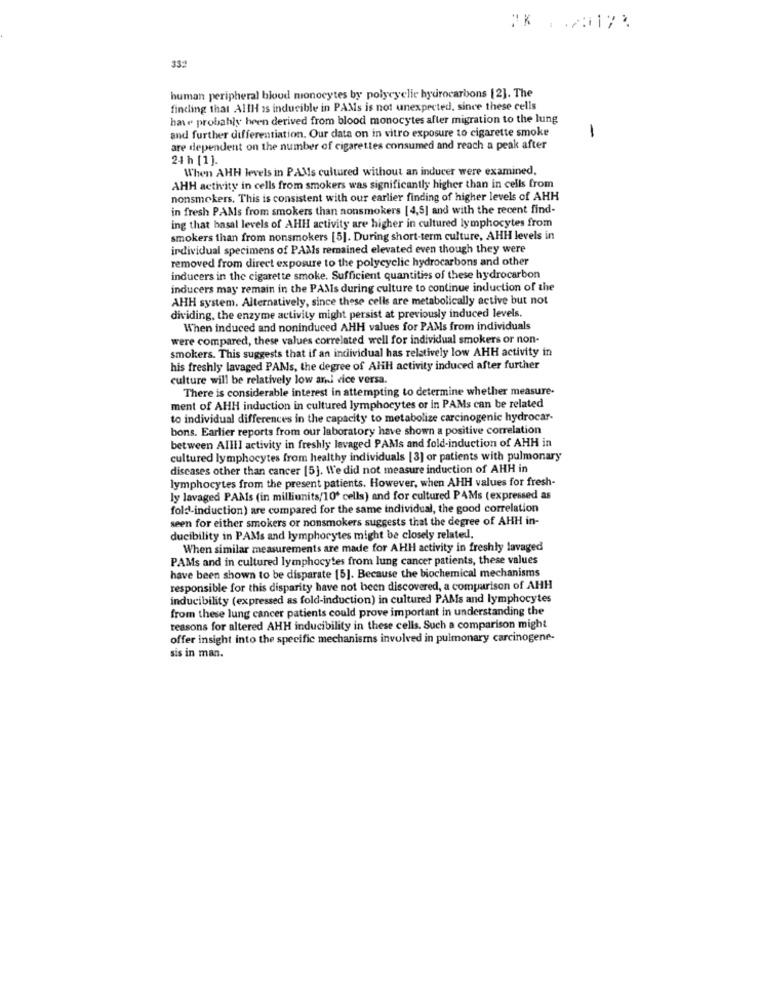
339
human peripheral blood monocytes by polycyclic hydrocarbons [2]. The
finding that AllH is inducible in PAMs is not unexpected, since these cells
have probably heen derived from blood monocytes after migration to the lung
and further differentiation. Our data on in vitro exposure to cigarette smoke
1
are dependent on the number of cigarettes consumed and reach a peak after
24 h [1].
When AHH levels in PAMs cultured without an inducer were examined,
AHH activity in cells from smokers was significantly higher than in cells from
nonsmokers. This is consistent with our earlier finding of higher levels of AHH
in fresh PAMs from smokers than nonsmokers [4,5] and with the recent find-
ing that basal levels of AHH activity are higher in cultured lymphocytes from
smokers than from nonsmokers [5]. During short-term culture, AHH levels in
individual specimens of PAMs remained elevated even though they were
removed from direct exposure to the polycyclic hydrocarbons and other
inducers in the cigarette smoke. Sufficient quantities of these hydrocarbon
inducers may remain in the PAMs during culture to continue induction of the
AHH system. Alternatively, since these cells are metabolically active but not
dividing, the enzyme activity might persist at previously induced levels.
When induced and noninduced AHH values for PAMs from individuals
were compared, these values correlated well for individual smokers or non-
smokers. This suggests that if an individual has relatively low AHH activity in
his freshly lavaged PAMs, the degree of Alill activity induced after further
culture will be relatively low arni vice versa.
There is considerable interest in attempting to determine whether measure-
ment of AHH induction in cultured lymphocytes or in PAMs can be related
to individual differences in the capacity to metabolize carcinogenic hydrocar-
bons. Earlier reports from our laboratory have shown a positive correlation
between Allll activity in freshly levaged PAMs and fold-induction of AHH in
cultured lymphocytes from healthy individuals [3] or patients with pulmonary
diseases other than cancer [5]. We did not measure induction of AHH in
lymphocytes from the present patients. However, when AHH values for fresh-
ly lavaged PAMs (in milliunits/10' cells) and for cultured PAMs (expressed as
fold-induction) are compared for the same individual, the good correlation
seen for either smokers or nonsmokers suggests that the degree of AHH in-
ducibility in PAMs and lymphocytes might be closely related.
When similar measurements are made for AHH activity in freshly lavaged
PAMs and in cultured lymphocytes from lung cancer patients, these values
have been shown to be disparate [5]. Because the biochemical mechanisms
responsible for this disparity have not been discovered, a comparison of AHH
inducibility (expressed as fold-induction) in cultured PAMs and lymphocytes
from these lung cancer patients could prove important in understanding the
reasons for altered AHH inducibility in these cells. Such a comparison might
offer insight into the specific mechanisms involved in pulmonary carcinogene-
sis in man.